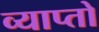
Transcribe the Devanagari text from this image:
व्याप्तो